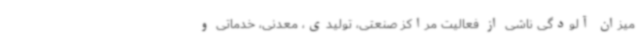
میزان آلودگی ناشی از فعالیت مراکز صنعتی، تولیدی، معدنی، خدماتی و